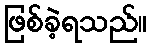
ဖြစ်ခဲ့ရသည်။